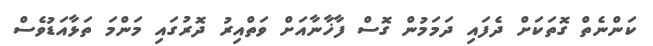
ކަންނެތް ގޮތަކަށް ދެފައި ދަމަމުން ގޮސް ފާޚާނާއަށް ވަތްއިރު ދޮރުގައި މަންމަ ތަޅާއަޑުވެސް